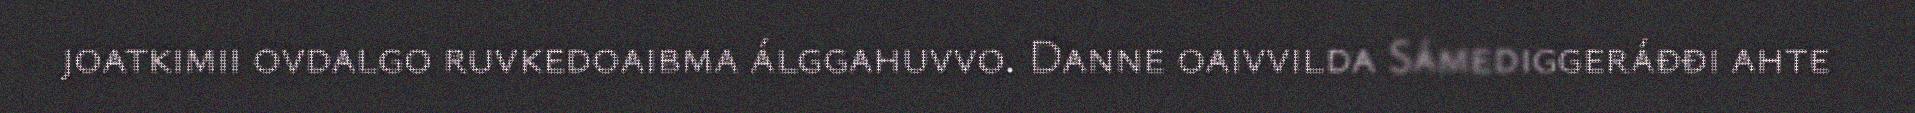
joatkimii ovdalgo ruvkedoaibma álggahuvvo. Danne oaivvilda Sámediggeráđđi ahte